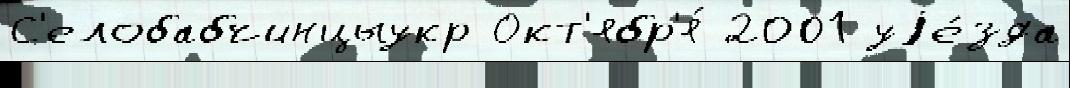
С'елобабчинцыукр Окт'ябр'я́ 2001 уjе́зда